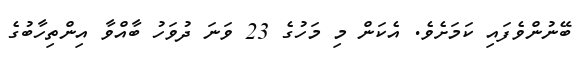
ބޭނުންވެފައި ކަމަށެވެ. އެކަން މި މަހުގެ 23 ވަނަ ދުވަހު ބާއްވާ އިންތިހާބުގެ